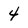
Character: 4